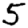
Digit: 5